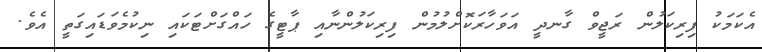
އެކަމަކު ފިރިކަލުން ރަޖީވް ގާނދީ އަވަހާރަކޮށްލުމުން ފިރިކަލުންނާއި ޕާޓީގެ ހައްގަށްޓަކައި ނިކުމެވަޑައިގަތީ އެވެ.